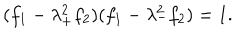
LaTeX: ( f _ { 1 } - \lambda _ { + } ^ { 2 } f _ { 2 } ) ( f _ { 1 } - \lambda _ { - } ^ { 2 } f _ { 2 } ) = 1 .